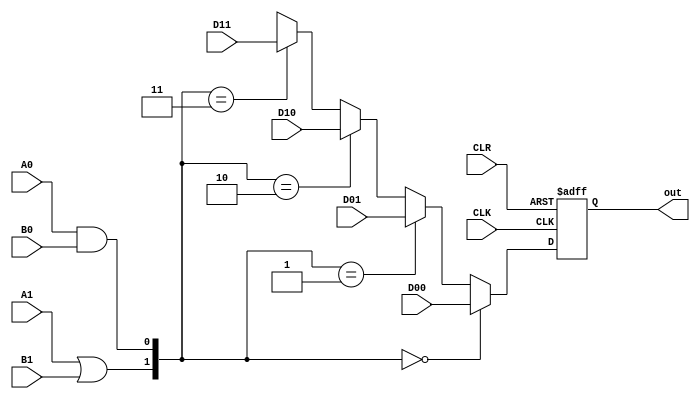
module S2 #(parameter N = 1) (D00, D01, D10, D11, A1, B1, A0, B0, CLR, CLK, out);
	input[N-1:0] D00, D01, D10, D11;
	input A1, B1;
	input A0, B0;
	input CLR, CLK;
	output reg[N-1:0] out;
	wire S1, S0;
	wire[N-1:0] DFFin;
	assign S1 = A1 | B1;
	assign S0 = A0 & B0;
	assign DFFin = ({S1, S0} == 2'b00) ? D00 :
			({S1, S0} == 2'b01) ? D01 :
			({S1, S0} == 2'b10) ? D10 :
			({S1, S0} == 2'b11) ? D11 : 2'bxx;
	always@(posedge CLK, posedge CLR)
	begin
		if(CLR)
			out <= 0;
		else
			out <= DFFin;
	end
endmodule